Karksi_vallavalitsus, lk 113
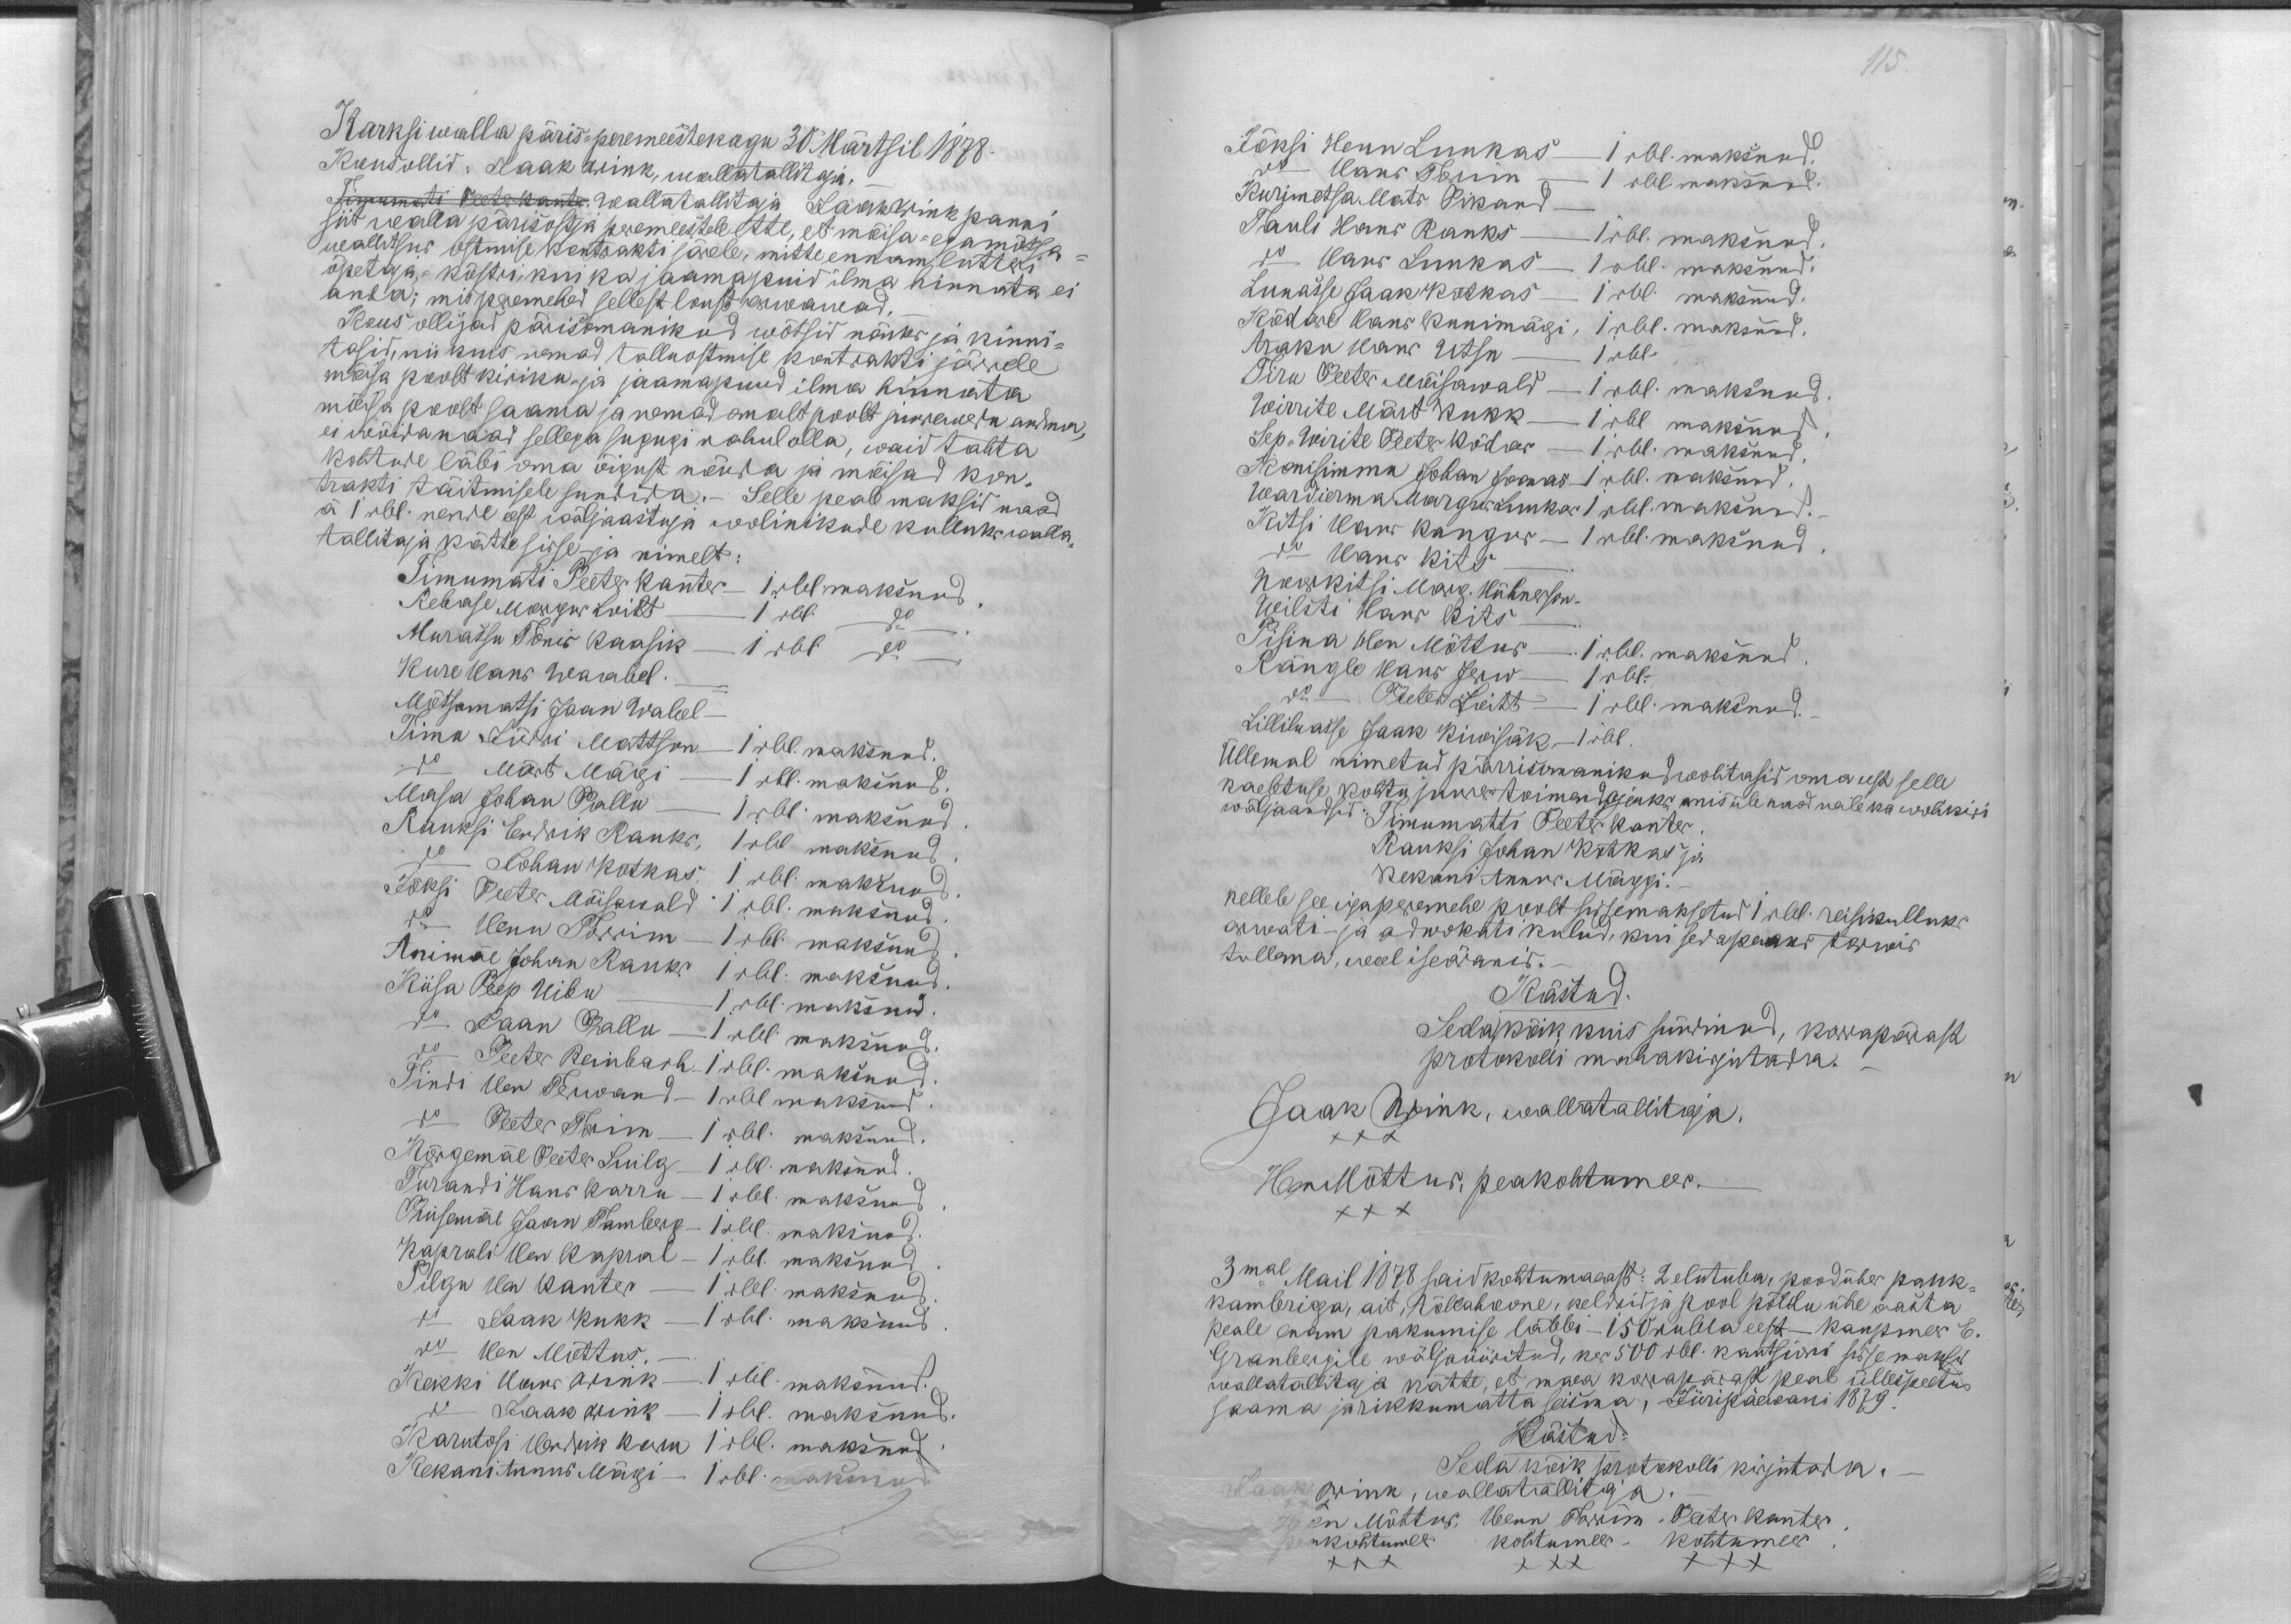
Karksi walla päris-peremeestekogu 30 Märtsil 1878.
Kous ollid: Jaak Wink, wallatallitaja. -
Tigumati Peeter Kanter. Wallatallitaja Jaak Wink panni
siit walla pärisostja peremeestele ette, et mõisa - ega mõtsa-
wallitsus ostmise kontrakti järele, mitte ennam lutteri
õpetaja, köstri, kui ka jaamapuid ilma hinnata ei
anda; mis peremehed sellest loust arwawad
Kous ollijad pärisomanikud wõtsid nõuks ja kinni-
tasid, nii kuis nemad talluostmise kontrakti järrele
mõisa poolt kiriku- ja jaamapuud ilma hinnata
mõisa poolt saama ja nemad omalt poolt juurewedu andma,
ei wõida naad sellega sugugi rahul olla, waid tahta
kohtude läbi oma õigust nõuda ja mõisad kon-
trakti täitmisele sundida.- Selle peale maksid naad
à 1 rbl. nende eest wäljaastuja wolinikude kulluks walla-
tallitaja kätte sisse ja nimelt:
Timumati Peeter Kanter - 1 rbl. maksnud.
Rebase Margus Loitt - 1 rbl. do.
Murassu Tõnis Kaasik - 1 rbl. do
Kure Hans Waabel. -
Mõtsamatsi Jaan Wabel -
Timu Jüri Mattson - 1 rbl. maksnud.
do Märt Mägi - 1 rbl. maksnud.
Masa Johan Pallu - 1 rbl. maksnud
Rauksi Endrik Rauks, 1 rbl maksnud
do Johan Kotkas. 1 rbl. maksnud.
Jõksi Peeter Mõisawald 1 rbl. maksnud.
do Henn Torrim - 1 rbl. maksnud
Animäe Johan Rauks 1 rbl. maksnud.
Kiisa Peep Uibu - 1 rbl. maksnud.
do Jaan Pallu - 1 rbl. maksnud.
do Peeter Reinbach-1 rbl. maksnud.
Tindi Hen Terwand - 1 rbl maksnud.
do Peeter Torim - 1 rbl. maksnud.
Kõrgemäe Peeter Suilg - 1 rbl. maksnud.
Turandi Hans Karru - 1 rbl. maksnud
Puisemäe Jaan Tamberg - 1 rbl. maksnud.
Kaprali Hen Kapral - 1 rbl. maksnud
Pilgu Hen Kanter - 1 rbl. maksnud
do Jaak Kukk - 1 rbl. maksnud.
do Hen Mõttus.
Kekki Hans Wink- 1 rbl. maksnud.
do Jaak Wink - 1 rbl. maksnud
Karutosi Hendrik Kerm 1 rbl. maksnud
Kekani Annus Mägi - 1 rbl. maksnud.

115.
Jõksi Henn Luukas - 1 rbl. maksnud.
do Hans Torim - 1 rbl. maksnud.
Kurimetsa Mats Pikand -
Tauli Hans Rauks - 1 rbl. maksnud.
do Hans Luukas - 1 rbl. maksnud.
Lukasse Jaak Kotkas - 1 rbl. maksnud.
Kõdare Hans Kunimägi, 1 rbl. maksnud.
Araku Hans Utsu - 1 rbl.
Tiru Peeter Mõisawald - 1 rbl. maksnud.
Wirrite Märt Kukk - 1 rbl maksnud
Sep. Wirite Peeter Kõdar - 1 rbl. maksnud
Konisimmu Johan Joonas -1 rbl. maksnud.
Wardierma Margus Luukas 1 rbl. maksnud.
Kitsi Hans Kangur - 1 rbl. maksnud.
do Hans Kits
Noorkitsi Marg. Hühnerson -
Ueilsti Hans Kits -
Pisina Hen Mõttus - 1 rbl. maksnud
Rängle Hans Jerw - 1 rbl.
do Peeter Loitt - 1 rbl. maksnud.
Lilliluasse Jaak Kiwisäk - 1 rbl.
Üllemal nimetud pärrisomanikud wolitasid oma eest selle
kaebtuse kohtu juure toimendajaks, mis üle naad neile ka wolikiri
wäljaandsid: Timumatti Peeter Kanter.
Rauksi Johan Kotkas ja
Kekani Annus Mäggi.
kellele see igaperemehe poolt sissemaksetud 1 rbl. reisikulluks
arwati - ja adwokati kulud, kui sedapeaks tarwis
tullema, weel iseäranis.
Kästud:
Seda kõik kuis sündinud, korrapärast
protokolli mahakirjutada.
Jaak Wink, wallatallitaja.
XXX
HenMõttus, peakohtumees-
XXX
3mal Mail 1878 said kohtumaeast: 2 elutuba, pood ühes pank
kambriga, ait, tõllahoone, keldrid ja pool põldu ühe aasta
peale enam pakumise läbbi - 150 rubla eest - kaupmees E.
Granbergile wäljaüüritud, kes 500 rbl. kautsioni sisse maksis
wallatallitaja kätte, et maea korrapärast peab üllespeetud
saama ja rikkumatta seisma, Jüripäewani 1879.
Kästud:
Seda kõik protokolli kirjutada. -
Jaak Wink, wallatallitaja
XXX
Hen Mõttus, Henn Torrim, Peeter Kanter
peakohtumees kohtumees. kohtumees
XXX
XXX
XXX